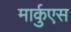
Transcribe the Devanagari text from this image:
मार्कुएस